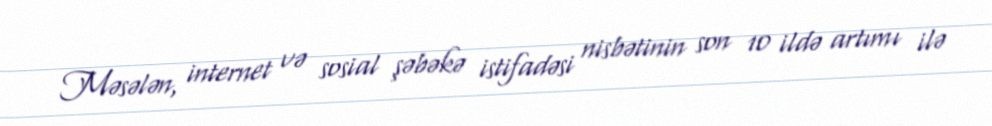
Məsələn, internet və sosial şəbəkə istifadəsi nisbətinin son 10 ildə artımı ilə